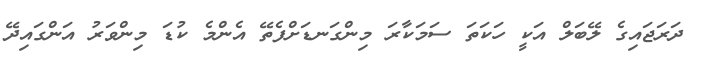
ދަރަޖައިގެ ލޭބަލް އަކީ ހަކަތަ ސަމަކާރަ މިންގަނޑަށްފެތޭ އެންމެ ކުޑަ މިންވަރު އަންގައިދޭ